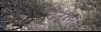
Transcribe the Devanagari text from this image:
टूरीन